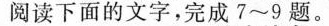
阅读下面的文字，完成7~9题。